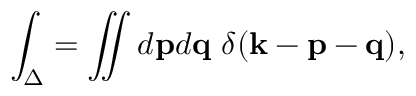
\int _ { \Delta } = \iint d { \bf { p } } d { \bf { q } } \ \delta ( { \bf { k } } - { \bf { p } } - { \bf { q } } ) ,